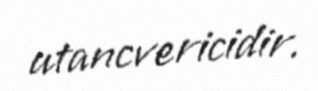
utancvericidir.